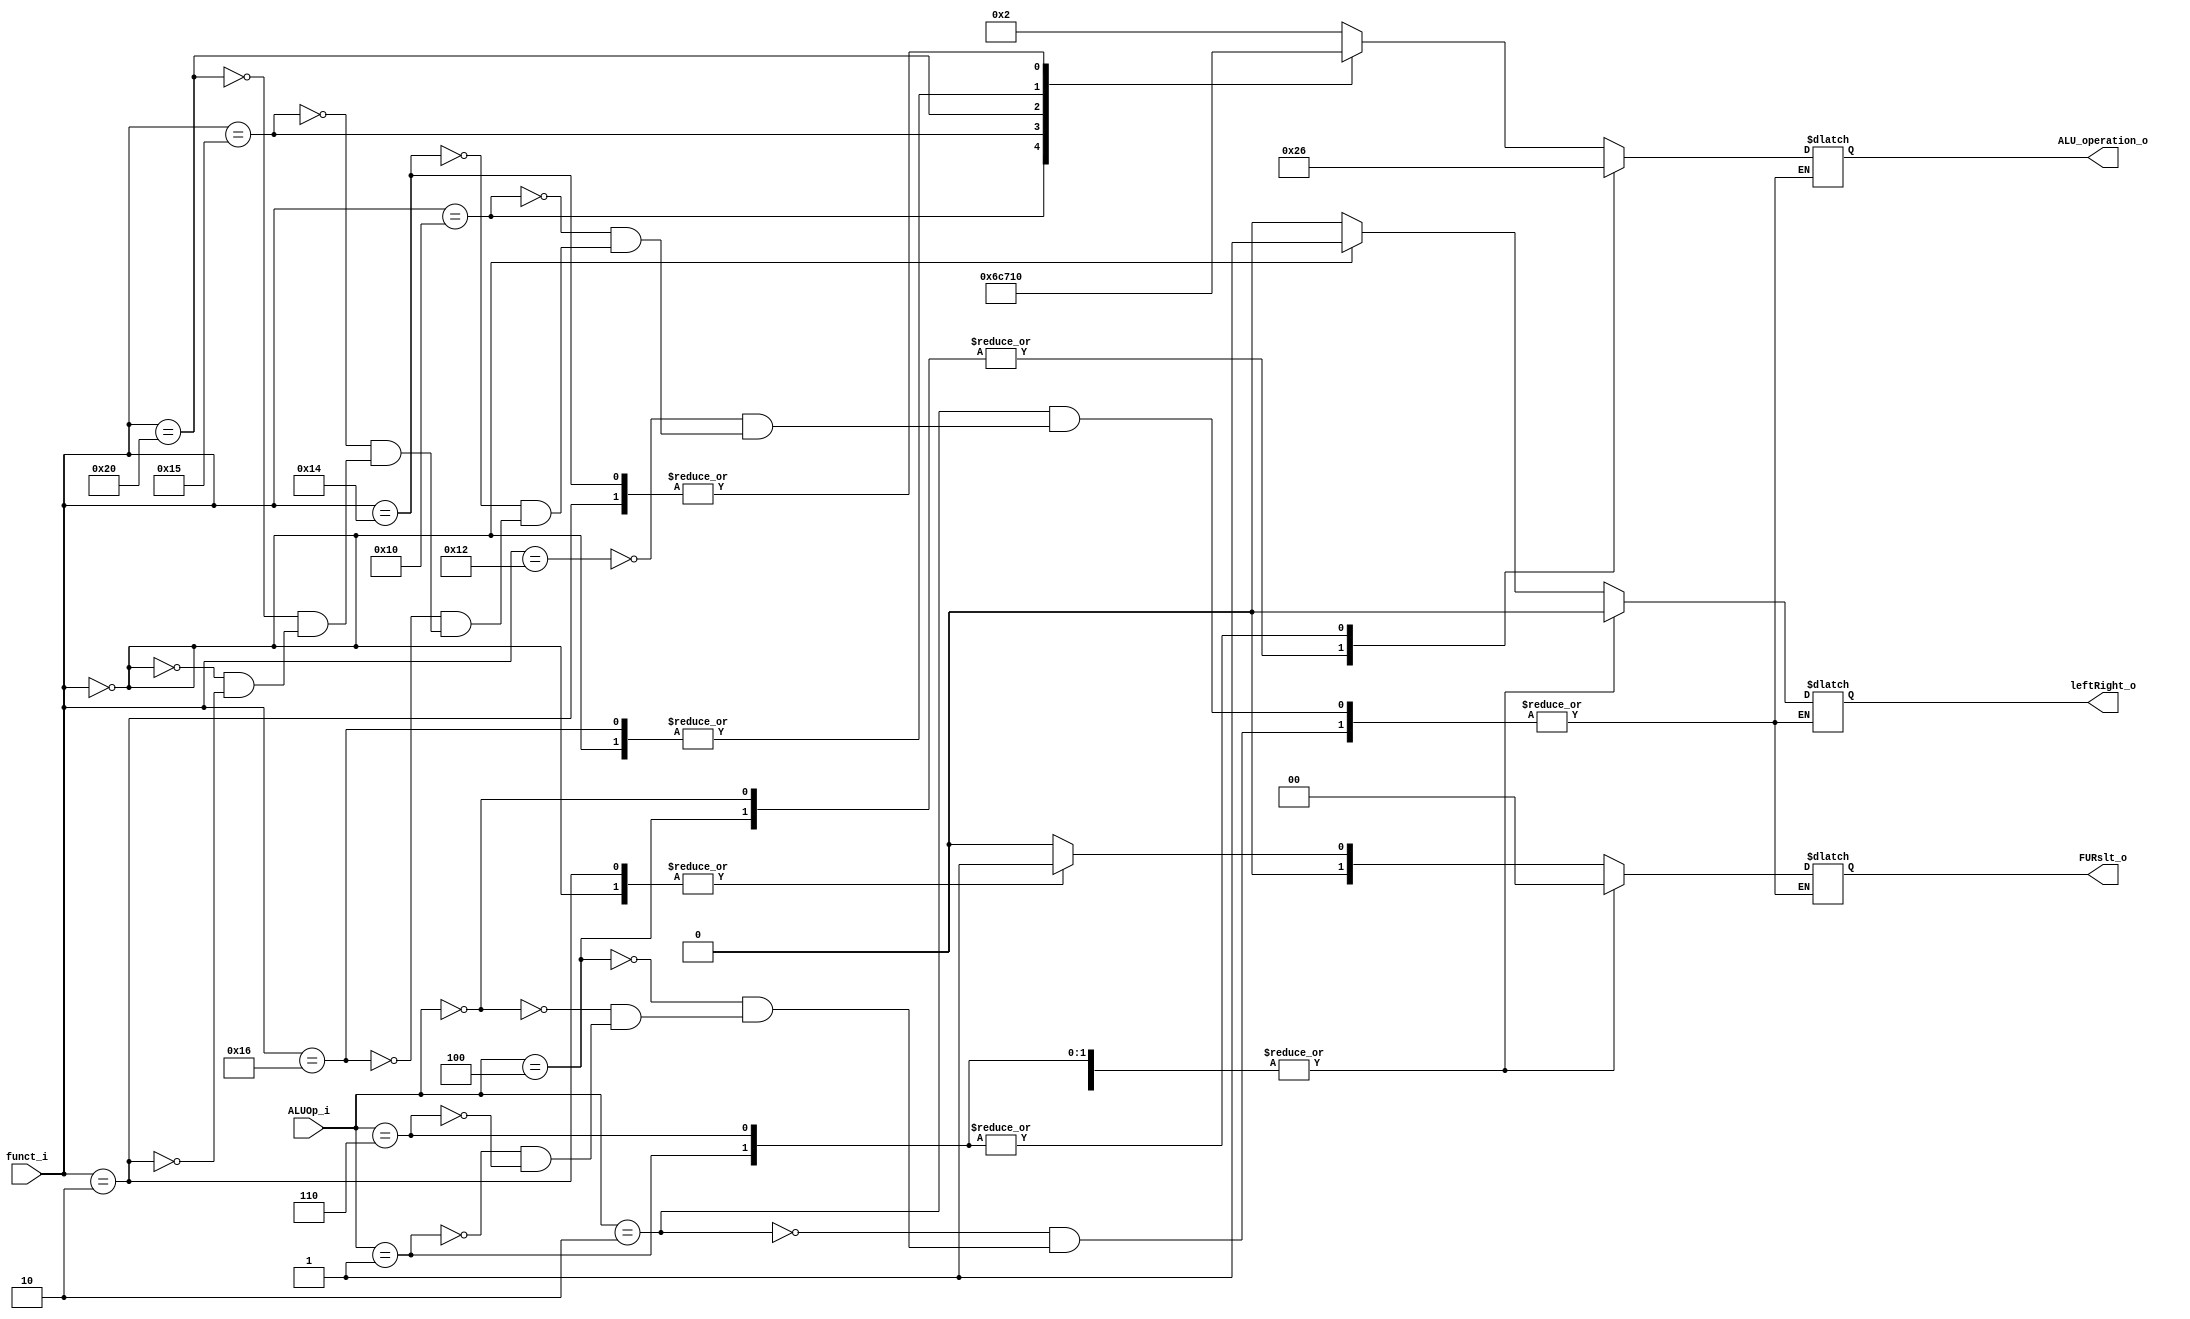
module ALU_Ctrl( funct_i, ALUOp_i, ALU_operation_o, leftRight_o, FURslt_o );

//I/O ports 
input      [6-1:0] funct_i;
input      [3-1:0] ALUOp_i;

output     [4-1:0] ALU_operation_o;  
output     [2-1:0] FURslt_o;
output	   	leftRight_o;  
   
//Internal Signals
wire		[4-1:0] ALU_operation_o;
wire		[2-1:0] FURslt_o;
wire		leftRight_o;  

//Main function
/*your code here*/
reg [3:0] op4;
reg [1:0] fur;
reg	lR;
always@(funct_i, ALUOp_i) begin
	case(ALUOp_i)
		3'b010: case(funct_i)
			6'b010010: begin op4 <= 2; fur <= 0; lR <= 0; end	//add
			6'b010000: begin op4 <= 6; fur <= 0; lR <= 0; end	//sub
			6'b010100: begin op4 <= 0; fur <= 0; lR <= 0; end	//and
			6'b010110: begin op4 <= 1; fur <= 0; lR <= 0; end	//or
			6'b010101: begin op4 <= 12; fur <= 0; lR <= 0; end	//nor
			6'b100000: begin op4 <= 7; fur <= 0; lR <= 0; end	//slt
			6'b000000: begin op4 <= 1; fur <= 1; lR <= 1; end		//left
			6'b000010: begin op4 <= 0; fur <= 1; lR <= 0; end		//right
			//default: begin op4 <= 2; fur <= 0; end
		endcase
		3'b100: begin op4 <= 2; fur <= 0; lR <= 0; end		//addi
		3'b000: begin op4 <= 2; fur <= 0; lR <= 0; end		//lw sw
		3'b001: begin op4 <= 6; fur <= 0; lR <= 0; end		//beq
		3'b110: begin op4 <= 6; fur <= 0; lR <= 0; end		//bne
		
	endcase
end
assign ALU_operation_o = op4;
assign FURslt_o = fur;
assign leftRight_o = lR;

endmodule